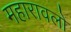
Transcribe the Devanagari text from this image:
महारावलों